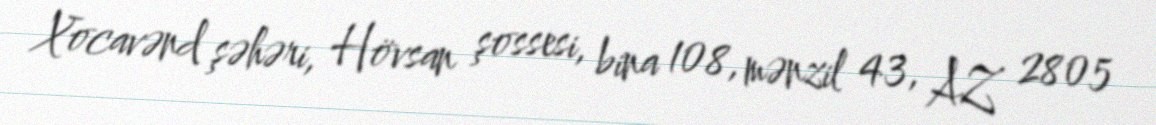
Xocavənd şəhəri, Hövsan şossesi, bina 108, mənzil 43, AZ 2805